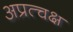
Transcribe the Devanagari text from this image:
अप्रत्चक्ष